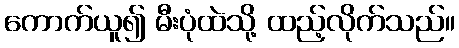
ကောက်ယူ၍ မီးပုံထဲသို့ ထည့်လိုက်သည်။